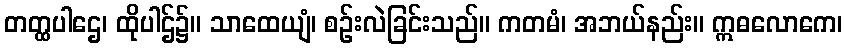
တတ္ထပါဌေ၊ ထိုပါဌ်၌။ သာထေယျံ၊ စဉ်းလဲခြင်းသည်။ ကတမံ၊ အဘယ်နည်း။ ဣဓလောကေ၊